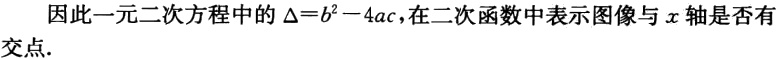
因此一元二次方程中的 \(\Delta = b^{2}-4ac\)，在二次函数中表示图像与 \(x\) 轴是否有